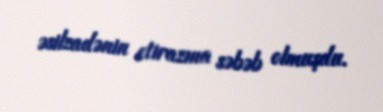
əsilzadənin etirazına səbəb olmuşdu.